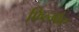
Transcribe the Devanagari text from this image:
फिल्म्फैर